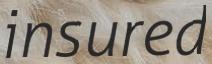
insured